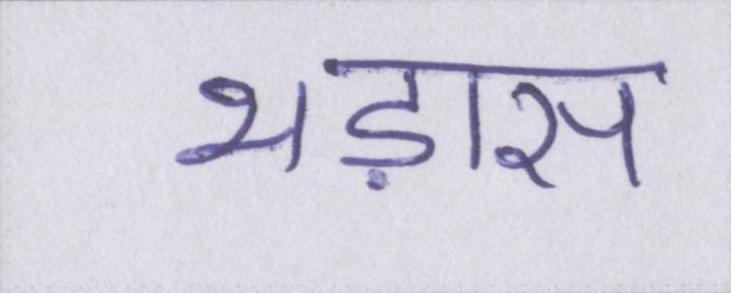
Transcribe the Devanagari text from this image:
भड़ास